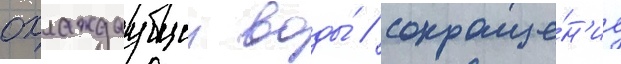
охлаждаущеи воды́ / сокраще́н'ие